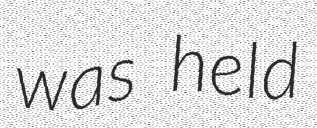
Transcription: was held